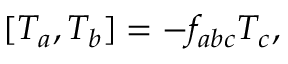
\lbrack T _ { a } , T _ { b } ] = - f _ { a b c } T _ { c } ,